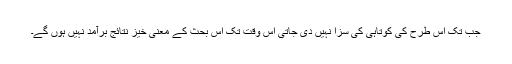
جب تک اس طرح کی کوتاہی کی سزا نہیں دی جاتی اس وقت تک اس بحث کے معنی خیز نتائج برآمد نہیں ہوں گے۔